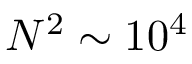
N ^ { 2 } \sim 1 0 ^ { 4 }